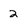
Character: 2